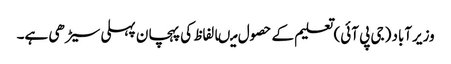
وزیرآباد (جی پی آئی) تعلیم کے حصول میںالفاظ کی پہچان پہلی سیڑھی ہے۔